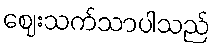
ဈေးသက်သာပါသည်